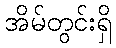
အိမ်တွင်းရှိ